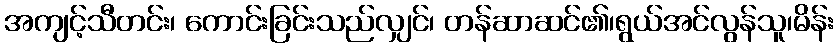
အကျင့်သီတင်း၊ ကောင်းခြင်းသည်လျှင်၊ တန်ဆာဆင်၏၊ရွယ်အင်လွန်သူ၊မိန်း